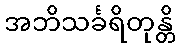
အဘိသင်္ခရိတုန္တိ